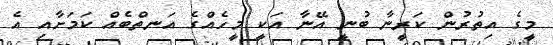
މީގެ އިތުރުން ކަރީނާ ބުނީ އޭނާ އަކީ މީހެއްގެ އަނތްބެއް ކަމަށާއި އެ